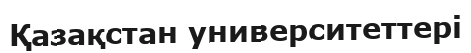
Қазақстан университеттері